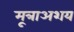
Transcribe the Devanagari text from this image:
मूत्राअशय